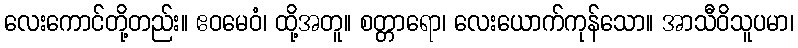
လေးကောင်တို့တည်း။ ဧဝမေဝံ၊ ထို့အတူ။ စတ္တာရော၊ လေးယောက်ကုန်သော။ အာသီဝိသူပမာ၊